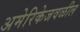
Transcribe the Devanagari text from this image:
अमेरिकेजवळील